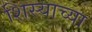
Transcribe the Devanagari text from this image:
शिस्याच्या